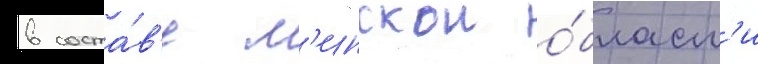
в соста́в'е м'инскои о́бласт'и